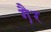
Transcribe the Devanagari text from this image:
गै़र